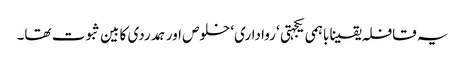
یہ قافلہ یقینا باہمی یکجہتی ‘ رواداری‘ خلوص اور ہمدردی کا بین ثبوت تھا۔